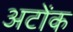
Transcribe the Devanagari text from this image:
अटोंक